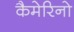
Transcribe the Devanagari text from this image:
कैमेरिनो